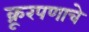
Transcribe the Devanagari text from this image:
क्रूरपणाचे